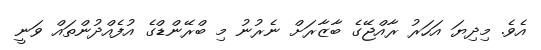
އެވެ. މިދިޔަ އަހަރު ރާއްޖޭގެ ބާޒާރަށް ނެރުނު މި ބްރޭންޑްގެ އުފެއްދުންތައް ވަނީ